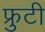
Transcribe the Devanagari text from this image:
फ्रुटी